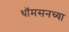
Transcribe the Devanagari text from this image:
थॉमसनच्या